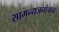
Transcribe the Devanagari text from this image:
सामन्यजनांचाच